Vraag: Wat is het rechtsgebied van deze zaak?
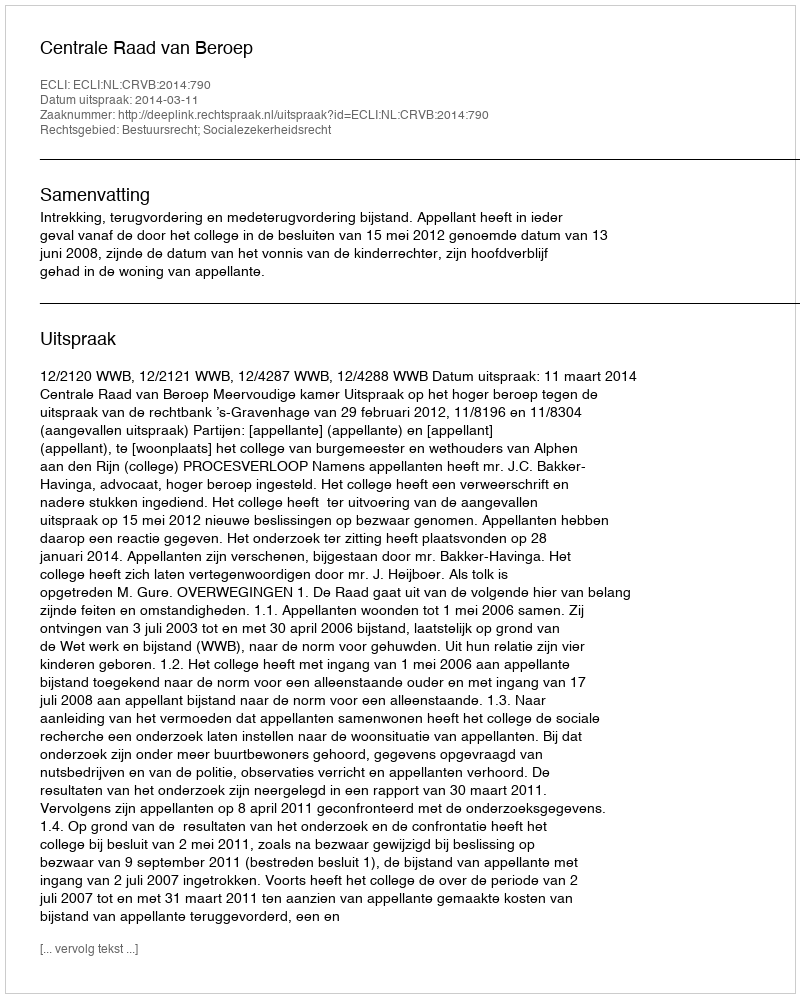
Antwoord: Bestuursrecht; Socialezekerheidsrecht